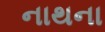
નાથના